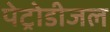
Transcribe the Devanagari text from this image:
पेट्रोडीजल